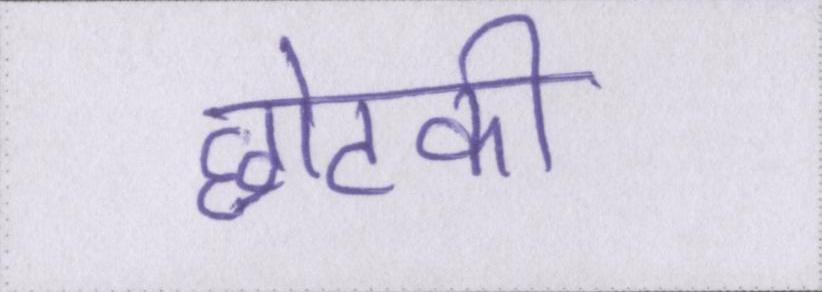
छोटकी